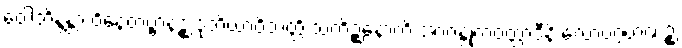
ဝေါဘိန္ဒန္တာ ဝိနေတဗ္ဗာနဉ္စ ဒုတိယာဝိဘတ္တိ သကိဉ္စနောတိ အာဂန္တုကဝတ္တာဒီနိ လောပဂ္ဂဟဏဉ္စ